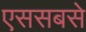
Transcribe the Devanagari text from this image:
एससबसे